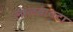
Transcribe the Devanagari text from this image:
लालबावटा